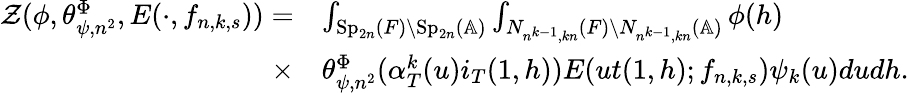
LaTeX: \begin{array}{rl}{\mathcal{Z}(\phi,\theta_{\psi,n^{2}}^{\Phi},E(\cdot,f_{n,k,s}))=}&{\int_{\mathrm{Sp}_{2n}(F)\backslash\mathrm{Sp}_{2n}(\mathbb{A})}\int_{N_{n^{k-1},kn}(F)\backslash N_{n^{k-1},kn}(\mathbb{A})}\phi(h)}\\ {\times}&{\theta_{\psi,n^{2}}^{\Phi}(\alpha_{T}^{k}(u)i_{T}(1,h))E(ut(1,h);f_{n,k,s})\psi_{k}(u)dudh.}\end{array}